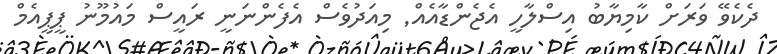
ދެކެވޭ ވަރަށް ކާމިޔާބު އިސްލާހީ އެޖެންޑާއެއް